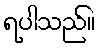
ရပါသည်။